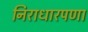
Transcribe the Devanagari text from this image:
निराधारपणा